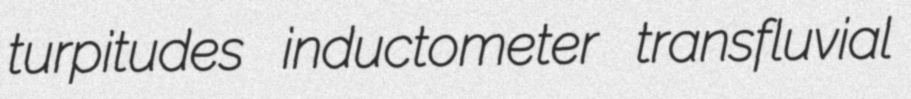
turpitudes inductometer transfluvial